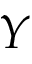
Y